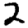
Digit: 2